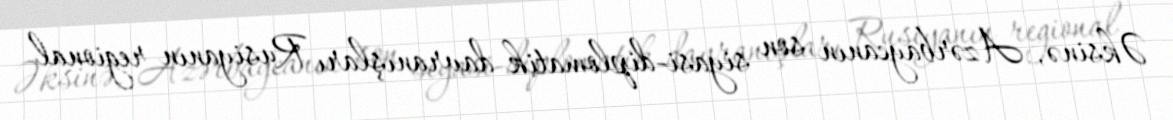
Əksinə, Azərbaycanın son siyasi-diplomatik davranışları Rusiyanın regional